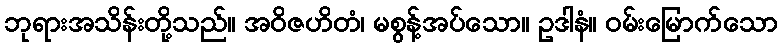
ဘုရားအသိန်းတို့သည်။ အဝိဇဟိတံ၊ မစွန့်အပ်သော။ ဥဒါနံ။ ဝမ်းမြောက်သော